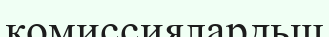
комиссиялардьщ